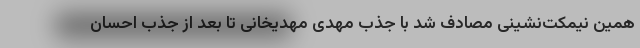
همین نیمکت‌نشینی مصادف شد با جذب مهدی مهدیخانی تا بعد از جذب احسان